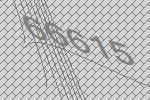
66615